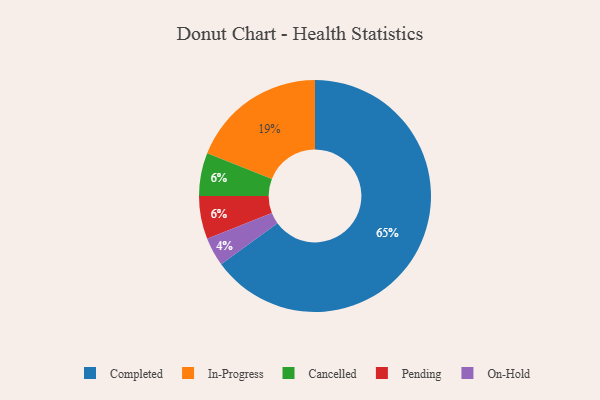
{"axis": {"x": "Category", "y": "Percentage"}, "legend": ["Cancelled", "Completed", "In-Progress", "On-Hold", "Pending"], "data": [{"x": "On-Hold", "y": 4, "type": "On-Hold"}, {"x": "In-Progress", "y": 19, "type": "In-Progress"}, {"x": "Cancelled", "y": 6, "type": "Cancelled"}, {"x": "Pending", "y": 6, "type": "Pending"}, {"x": "Completed", "y": 65, "type": "Completed"}]}